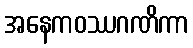
အနေကဝဿဂဏိကာ